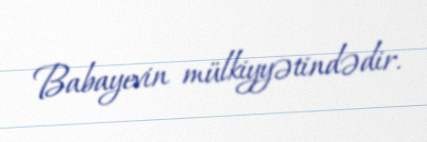
Babayevin mülkiyyətindədir.